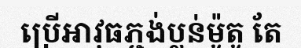
ប្រើអាវុធភ្ជង់ប្លន់ម៉ូតូ តែ